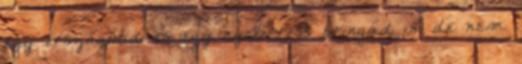
egy országútid és egy cyclocross bringád is, de nem